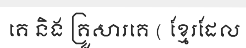
គេ និង គ្រួសារគេ ( ខ្មែរដែល